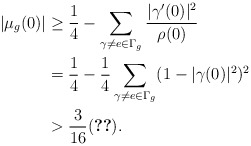
\begin{align*}|\mu_g(0)| &\geq \frac{1}{4}-\sum_{\gamma \neq e \in \Gamma_g} \frac{|\gamma'(0)|^2}{\rho(0)} \\& =\frac{1}{4}-\frac{1}{4}\sum_{\gamma \neq e \in \Gamma_g} (1-|\gamma(0)|^2)^2 \\& > \frac{3}{16} \eqref{cis-5}.\end{align*}